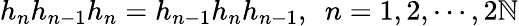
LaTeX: h_{n}h_{n-1}h_{n}=h_{n-1}h_{n}h_{n-1},~~n=1,2,\cdots,2\mathbb{N}